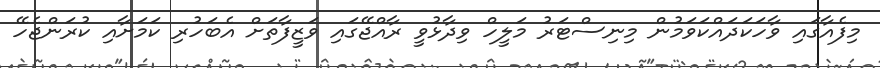
މިފެއާގައި ވާހަކަދައްކަވަމުން މިނިސްޓަރު މަލީހް ވިދާޅުވީ ރާއްޖޭގައި ވަޒީފާތަށް އެބަހުރި ކަމަށާއި ކުރަންޖެހޭ